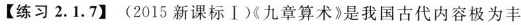
【练习2.1.7】(2015新课标I)九章算术》是我国古代内容极为丰